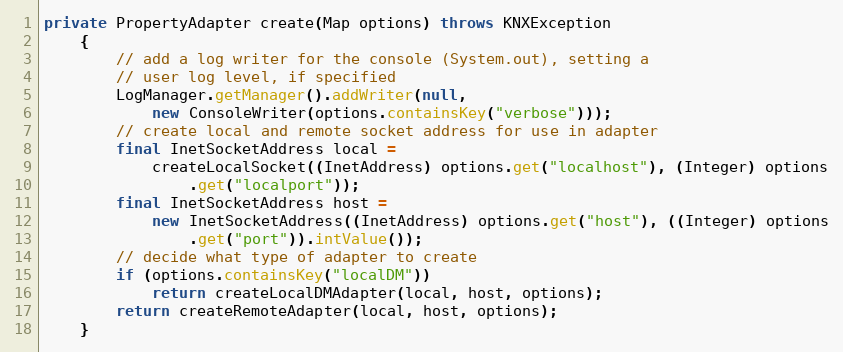
Language: Java
private PropertyAdapter create(Map options) throws KNXException
	{
		// add a log writer for the console (System.out), setting a
		// user log level, if specified
		LogManager.getManager().addWriter(null,
			new ConsoleWriter(options.containsKey("verbose")));
		// create local and remote socket address for use in adapter
		final InetSocketAddress local =
			createLocalSocket((InetAddress) options.get("localhost"), (Integer) options
				.get("localport"));
		final InetSocketAddress host =
			new InetSocketAddress((InetAddress) options.get("host"), ((Integer) options
				.get("port")).intValue());
		// decide what type of adapter to create
		if (options.containsKey("localDM"))
			return createLocalDMAdapter(local, host, options);
		return createRemoteAdapter(local, host, options);
	}